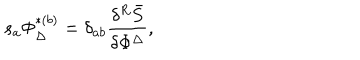
s _ { a } \Phi _ { \Delta } ^ { * ( b ) } = \delta _ { a b } \frac { \delta ^ { R } \bar { S } } { \delta \Phi ^ { \Delta } } ,